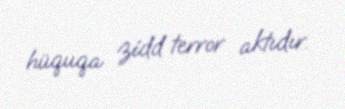
hüquqa zidd terror aktıdır.